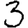
Digit: 3